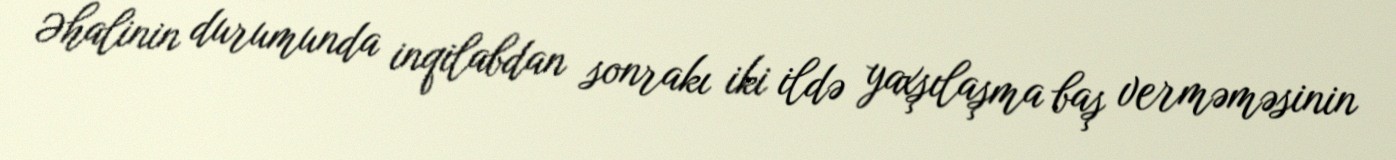
Əhalinin durumunda inqilabdan sonrakı iki ildə yaxşılaşma baş verməməsinin